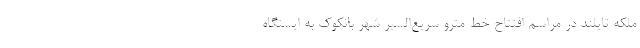
ملکه تایلند در مراسم افتتاح خط مترو سریع‌السیر شهر بانکوک به ایستگاه